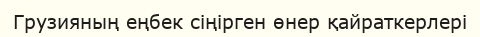
Грузияның еңбек сіңірген өнер қайраткерлері